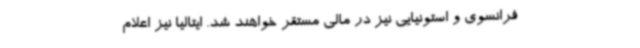
فرانسوی و استونیایی نیز در مالی مستقر خواهند شد. ایتالیا نیز اعلام